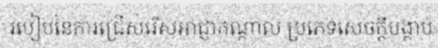
របៀបនៃការជ្រើសរើសអាជ្ញាកណ្តាល ប្រភេទសេចក្តីបង្គាប់